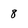
Character: 8